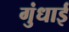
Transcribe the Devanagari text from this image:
गुंधाई